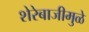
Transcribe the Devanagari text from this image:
शेरेबाजीमुळे